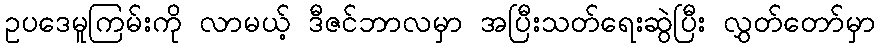
ဥပဒေမူကြမ်းကို လာမယ့် ဒီဇင်ဘာလမှာ အပြီးသတ်ရေးဆွဲပြီး လွှတ်တော်မှာ